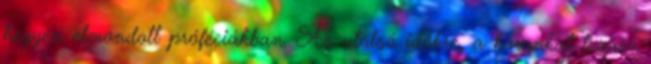
hegyén elmondott próféciákban. Az utolsó időkre, a korunkat lezáró